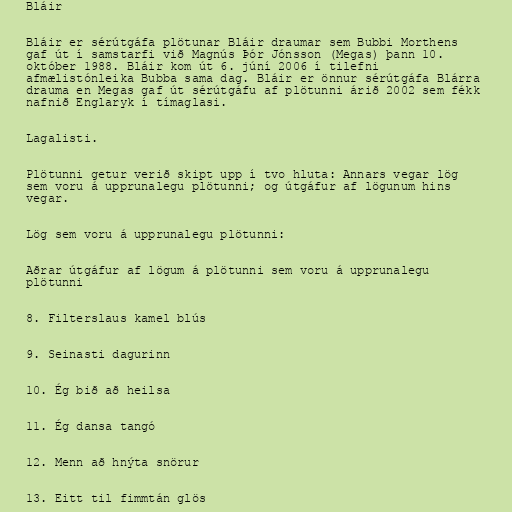
Bláir

Bláir er sérútgáfa plötunar Bláir draumar sem Bubbi Morthens
gaf út í samstarfi við Magnús Þór Jónsson (Megas) þann 10.
október 1988. Bláir kom út 6. júní 2006 í tilefni
afmælistónleika Bubba sama dag. Bláir er önnur sérútgáfa Blárra
drauma en Megas gaf út sérútgáfu af plötunni árið 2002 sem fékk
nafnið Englaryk í tímaglasi.

Lagalisti.

Plötunni getur verið skipt upp í tvo hluta: Annars vegar lög
sem voru á upprunalegu plötunni; og útgáfur af lögunum hins
vegar.

Lög sem voru á upprunalegu plötunni:

Aðrar útgáfur af lögum á plötunni sem voru á upprunalegu
plötunni

8. Filterslaus kamel blús

9. Seinasti dagurinn

10. Ég bið að heilsa

11. Ég dansa tangó

12. Menn að hnýta snörur

13. Eitt til fimmtán glös